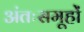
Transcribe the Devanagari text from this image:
अंतःसमूहों